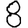
Digit: 8